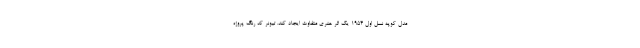
مدل کوپه نسل اول 1954 یک اثر هنری متفاوت ایجاد کند. تیونر کد رنگ پروژه